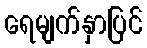
ရေမျက်နှာပြင်